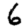
Digit: 6